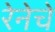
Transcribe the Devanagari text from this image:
रेनेचे